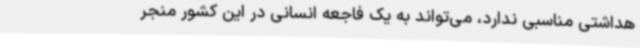
هداشتی مناسبی ندارد، می‌تواند به یک فاجعه انسانی در این کشور منجر